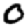
Digit: 0